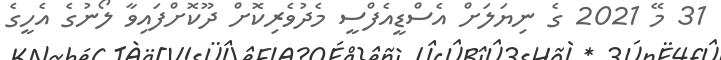
31 މޭ 2021 ގެ ނިޔަލަށް އެސްޑީއެފްސީ މެދުވެރިކޮށް ދޫކޮށްފައިވާ ލޯނުގެ އެހީގެ